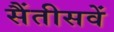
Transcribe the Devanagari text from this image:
सैंतीसवें